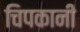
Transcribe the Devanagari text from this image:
चिपकानी